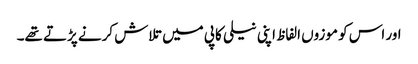
اور اس کو موزوں الفاظ اپنی نیلی کاپی میں تلاش کرنے پڑتے تھے۔